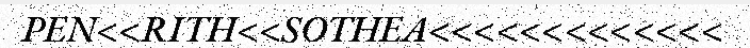
PEN<<RITH<<SOTHEA<<<<<<<<<<<<<